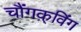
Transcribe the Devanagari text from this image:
चौंगक़्विंग